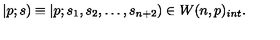
| p ; s ) \equiv | p ; s _ { 1 } , s _ { 2 } , \ldots , s _ { n + 2 } ) \in W ( n , p ) _ { i n t } .